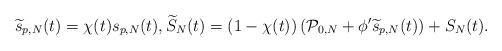
LaTeX: \begin{align*} \widetilde s_{p,N}(t) = \chi(t) s_{p,N}(t), \widetilde{S}_N(t) = (1-\chi(t))\left(\mathcal{P}_{0,N}+\phi' \widetilde s_{p,N}(t)\right) + {S}_{N}(t). \end{align*}